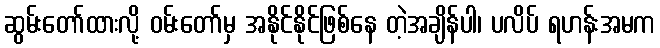
ဆွမ်းတော်ထားလို့ ဝမ်းတော်မှ အနိုင်နိုင်ဖြစ်နေ တဲ့အချိန်ပါ၊ ပလိပ် ရဟန်းအမက